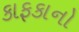
કાફકાનો